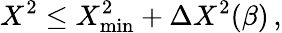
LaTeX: X^{2}\leq X_{\mathrm{min}}^{2}+\Delta{X^{2}}(\beta)\, ,